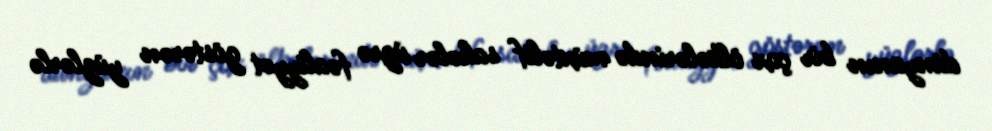
dünyanın bir çox ölkələrində müxtəlif sahələr üzrə fəaliyyət göstərən yüzlərlə